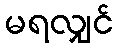
မရလျှင်